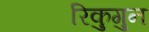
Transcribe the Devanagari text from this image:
रिकुगुन